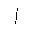
Letter: _alif